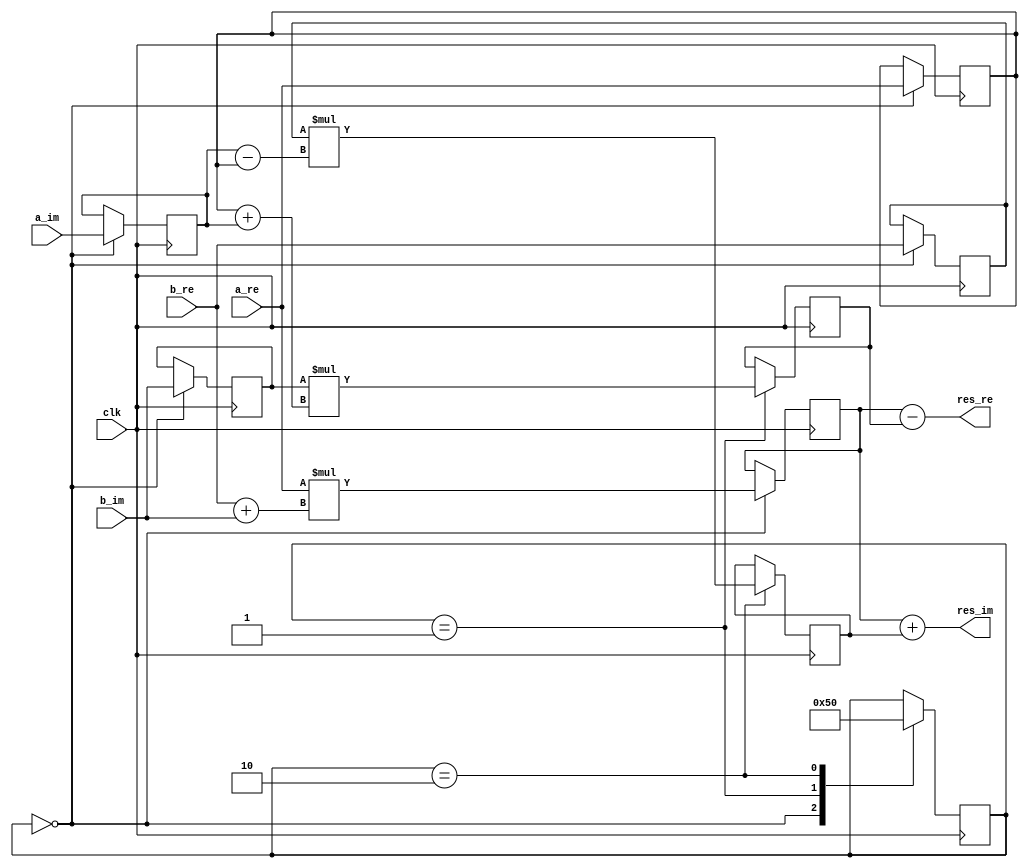
/*
1. (a_re + i * a_im) * (b_re + i * b_im) = 
   = a_re * b_re + i * a_re * b_im + i * a_im * b_re + i * i * a_im * b_im = 
   = a_re * b_re - a_im * b_im + i * (a_re * b_im + a_im * b_re) =

2. k1 = a_re * (b_re + b_im) = a_re * b_re + a_re * b_im
3. k2 = b_im * (a_re + a_im) = b_im * a_re + b_im * a_im
4. k3 = b_re * (a_im - a_re) = b_re * a_im - b_re * a_re

5. res_re = k1 - k2 = 
   = (a_re * b_re + a_re * b_im) - (b_im * a_re + b_im * a_im) = 
   = a_re * b_re - b_im * a_im

6. res_im = k1 + k3 = 
   = (a_re * b_re + a_re * b_im) + (b_re * a_im - b_re * a_re) = 
   = a_re * b_im + b_re * a_im
*/

module complex_mult (
    input clk,
    
    input signed [7:0] a_re,
    input signed [7:0] a_im,
    input signed [7:0] b_re,
    input signed [7:0] b_im,
    
    output signed [15:0] res_re,
    output signed [15:0] res_im
);
    reg signed [7:0] a_re_reg = 0;
    reg signed [7:0] a_im_reg = 0;
    reg signed [7:0] b_re_reg = 0;
    reg signed [7:0] b_im_reg = 0;

    reg signed [15:0] k1 = 0;
    reg signed [15:0] k2 = 0;
    reg signed [15:0] k3 = 0;

    reg [2:0] step = 0;

    always @(posedge clk) 
    begin
        case (step)
            0: begin
                a_re_reg <= a_re;
                a_im_reg <= a_im;
                b_re_reg <= b_re;
                b_im_reg <= b_im;

                k1 <= a_re * (b_re + b_im);
                step <= 1;
            end
            1: begin 
                k2 <= b_im_reg * (a_re_reg + a_im_reg);   
                step <= 2;
            end
            2: begin 
                k3 <= b_re_reg * (a_im_reg - a_re_reg);
                step <= 0;
            end
        endcase 
    end

    assign res_re = k1 - k2;
    assign res_im = k1 + k3;
endmodule